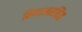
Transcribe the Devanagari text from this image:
विणाआरक्षित